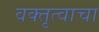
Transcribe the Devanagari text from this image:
वक्तृत्वाचा